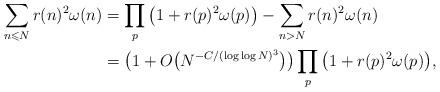
LaTeX: \begin{align*}\sum_{n\leqslant N}r(n)^2\omega(n)&=\prod_p\big(1+r(p)^2\omega(p)\big)-\sum_{n>N}r(n)^2\omega(n)\\&=\big(1+O\big(N^{-C/(\log\log N)^3}\big)\big)\prod_p\big(1+r(p)^2\omega(p)\big),\end{align*}